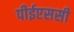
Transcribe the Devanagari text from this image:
पीईएससी